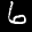
Digit: 6